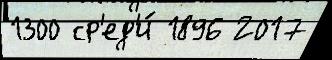
1300 ср'ед'и́ 1896 2017